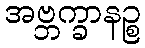
အဗ္ဘက္ခာနဉ္စ